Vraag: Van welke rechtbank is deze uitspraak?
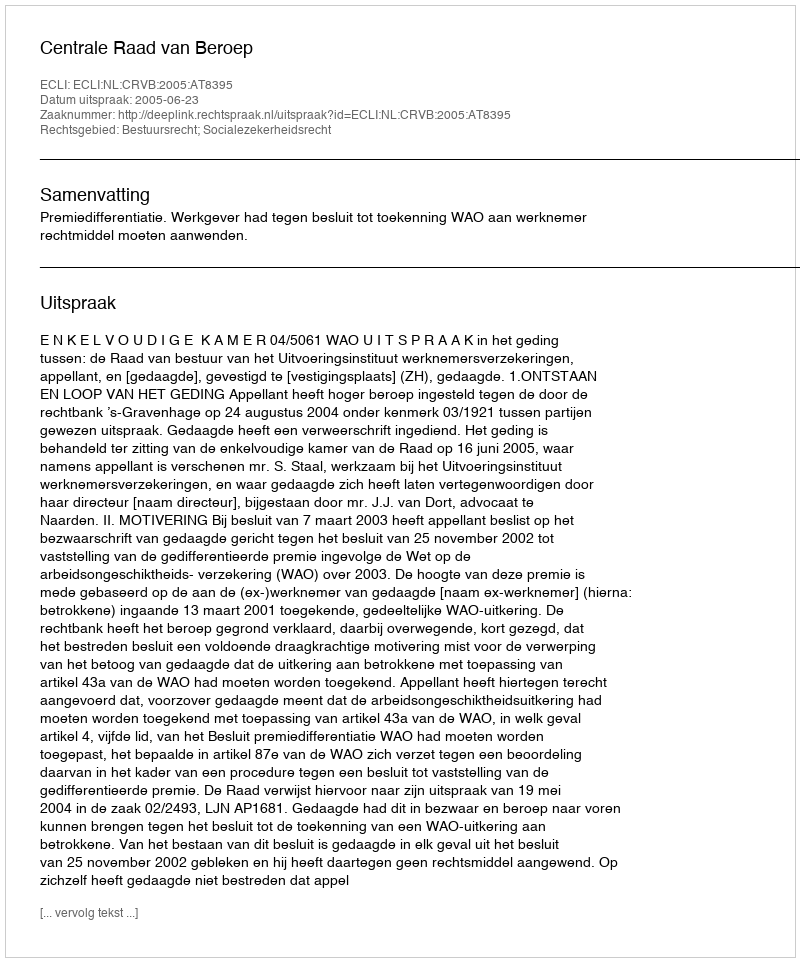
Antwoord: Centrale Raad van Beroep